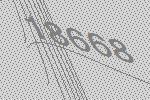
18668